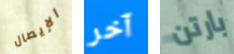
الإيصال آخر بارتن